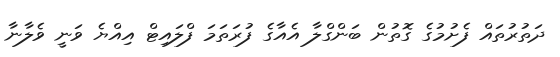
ދަތުރުތައް ފެށުމުގެ ގޮތުން ބަންގްލާ އެއާގެ ފުރަތަމަ ފްލައިޓް އިއްޔެ ވަނީ ވެލާނާ